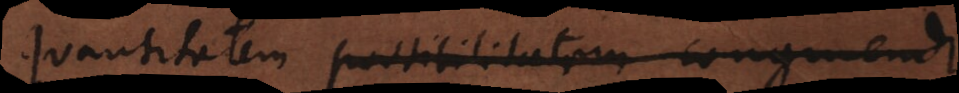
quantitatem possibilitatem congruendi